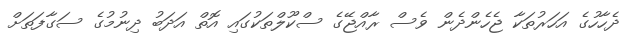
ދެހާހުގެ އަހަރުތަކާ ޖެހެންދެން ވެސް ރާއްޖޭގެ ސްކޫލްތަކުގައި އޮތް އަދަބު ދިނުމުގެ ސަގާފަތަށް